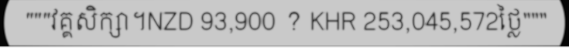
"""វគ្គសិក្សា។NZD 93,900 ? KHR 253,045,572ថ្លៃ"""